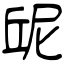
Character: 屔